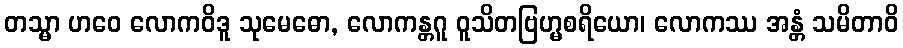
တသ္မာ ဟဝေ လောကဝိဒူ သုမေဓော, လောကန္တဂူ ဝူသိတဗြဟ္မစရိယော၊ လောကဿ အန္တံ သမိတာဝိ